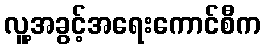
လူ့အခွင့်အရေးကောင်စီက